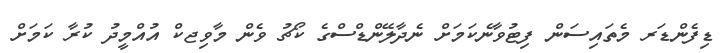
ޑިފެންޑަރ މެތައިސަން ފިޓުވާނެކަމަށް ނެދާލޭންޑްސްގެ ކޯޗު ވެން މާވިޖކް އުއްމީދު ކުރާ ކަމަށް